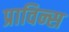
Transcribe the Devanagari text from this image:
प्राविन्स